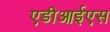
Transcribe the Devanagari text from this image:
एडीआईएस